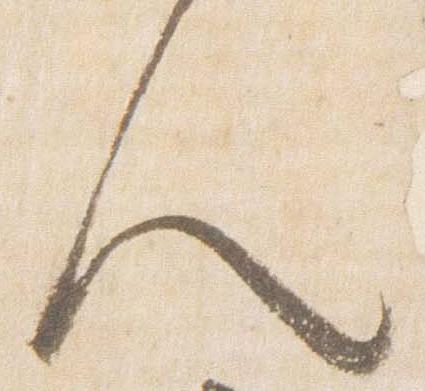
人